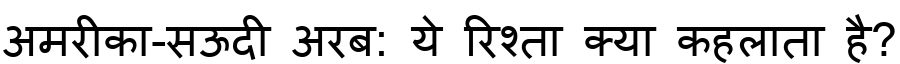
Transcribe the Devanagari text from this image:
अमरीका-सऊदी अरब: ये रिश्ता क्या कहलाता है?